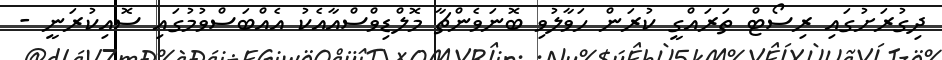
ދިގުރަށުގައި ރިސޯޓް ތަރައްގީ ކުރަން ހަވާލުވި ބޮނަވެންޗާ މޮލްޑިވްސްއާއެކު އެއްބަސްވުމުގައި ސޮއިކުރަނީ -